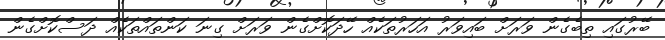
ބޭރުގައި ތިބެގެން ވަރަށް ބައިވަރު އަހަރުތަކެއް ހޭދަކޮށްގެން ވަރަށް ގިނަ ކަންތައްތަކެއް ދަސްކޮށްގެން